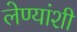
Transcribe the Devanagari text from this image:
लेण्यांशी